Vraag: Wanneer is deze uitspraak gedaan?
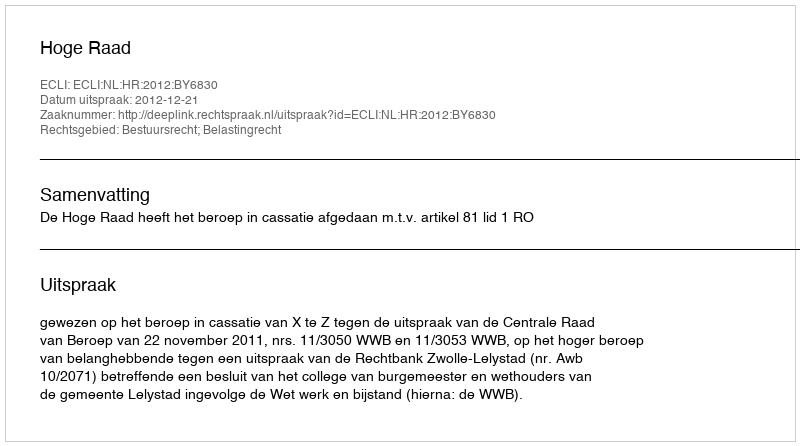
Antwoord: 2012-12-21